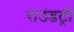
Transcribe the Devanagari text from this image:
राउंडट्री